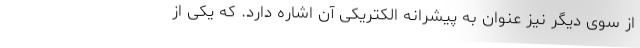
از سوی دیگر نیز عنوان به پیشرانه الکتریکی آن اشاره دارد. که یکی از